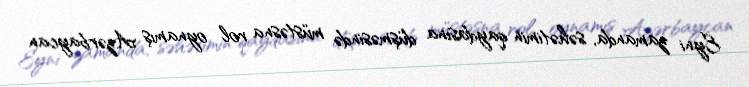
Eyni zamanda, səhətimin qaydasına düşməsində müstəsna rol oynamış Azərbaycan